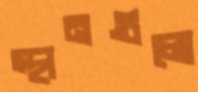
স্থানগুলো